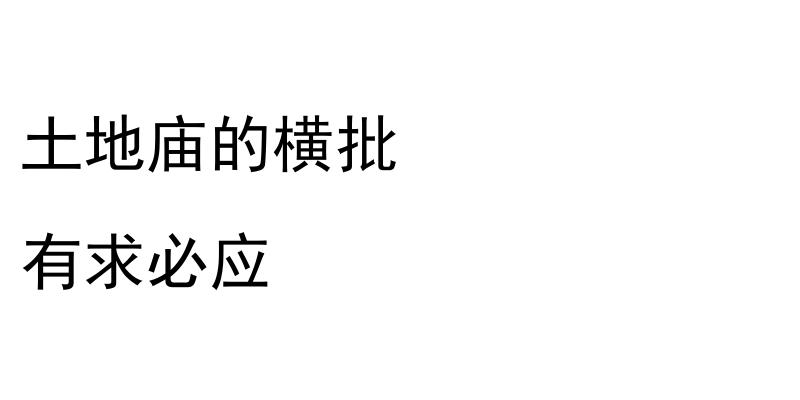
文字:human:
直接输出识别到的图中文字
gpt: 土地庙的横批 有求必应